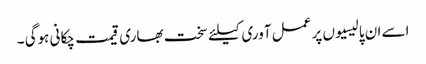
اسے ان پالیسیوں پر عمل آوری کیلئے سخت بھاری قیمت چکانی ہوگی ۔